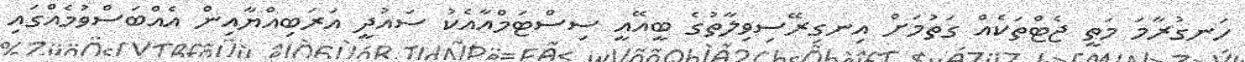
ހަނގުރާމަ މަތީ ޖެޓްތަކެއް ގަތުމަށް އިނގިރޭސިވިލާތުގެ ބީއޭއީ ސިސްޓަމްއާއެކު ސައުދީ އަރަބިއްޔާއިން އެއްބަސްވުމެއްގައި